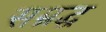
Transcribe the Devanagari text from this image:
सम्रद्ध